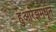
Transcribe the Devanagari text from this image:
हुआरेझमधून